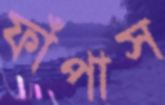
ফাঁপাস